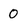
Character: 0